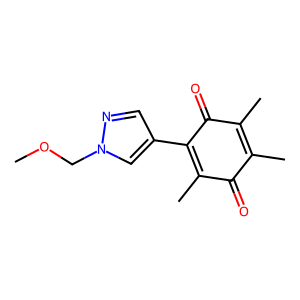
SMILES: COCn1cc(C2=C(C)C(=O)C(C)=C(C)C2=O)cn1
Inhibits HIV replication: No